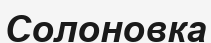
Солоновка